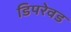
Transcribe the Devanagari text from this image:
डिपरेवड